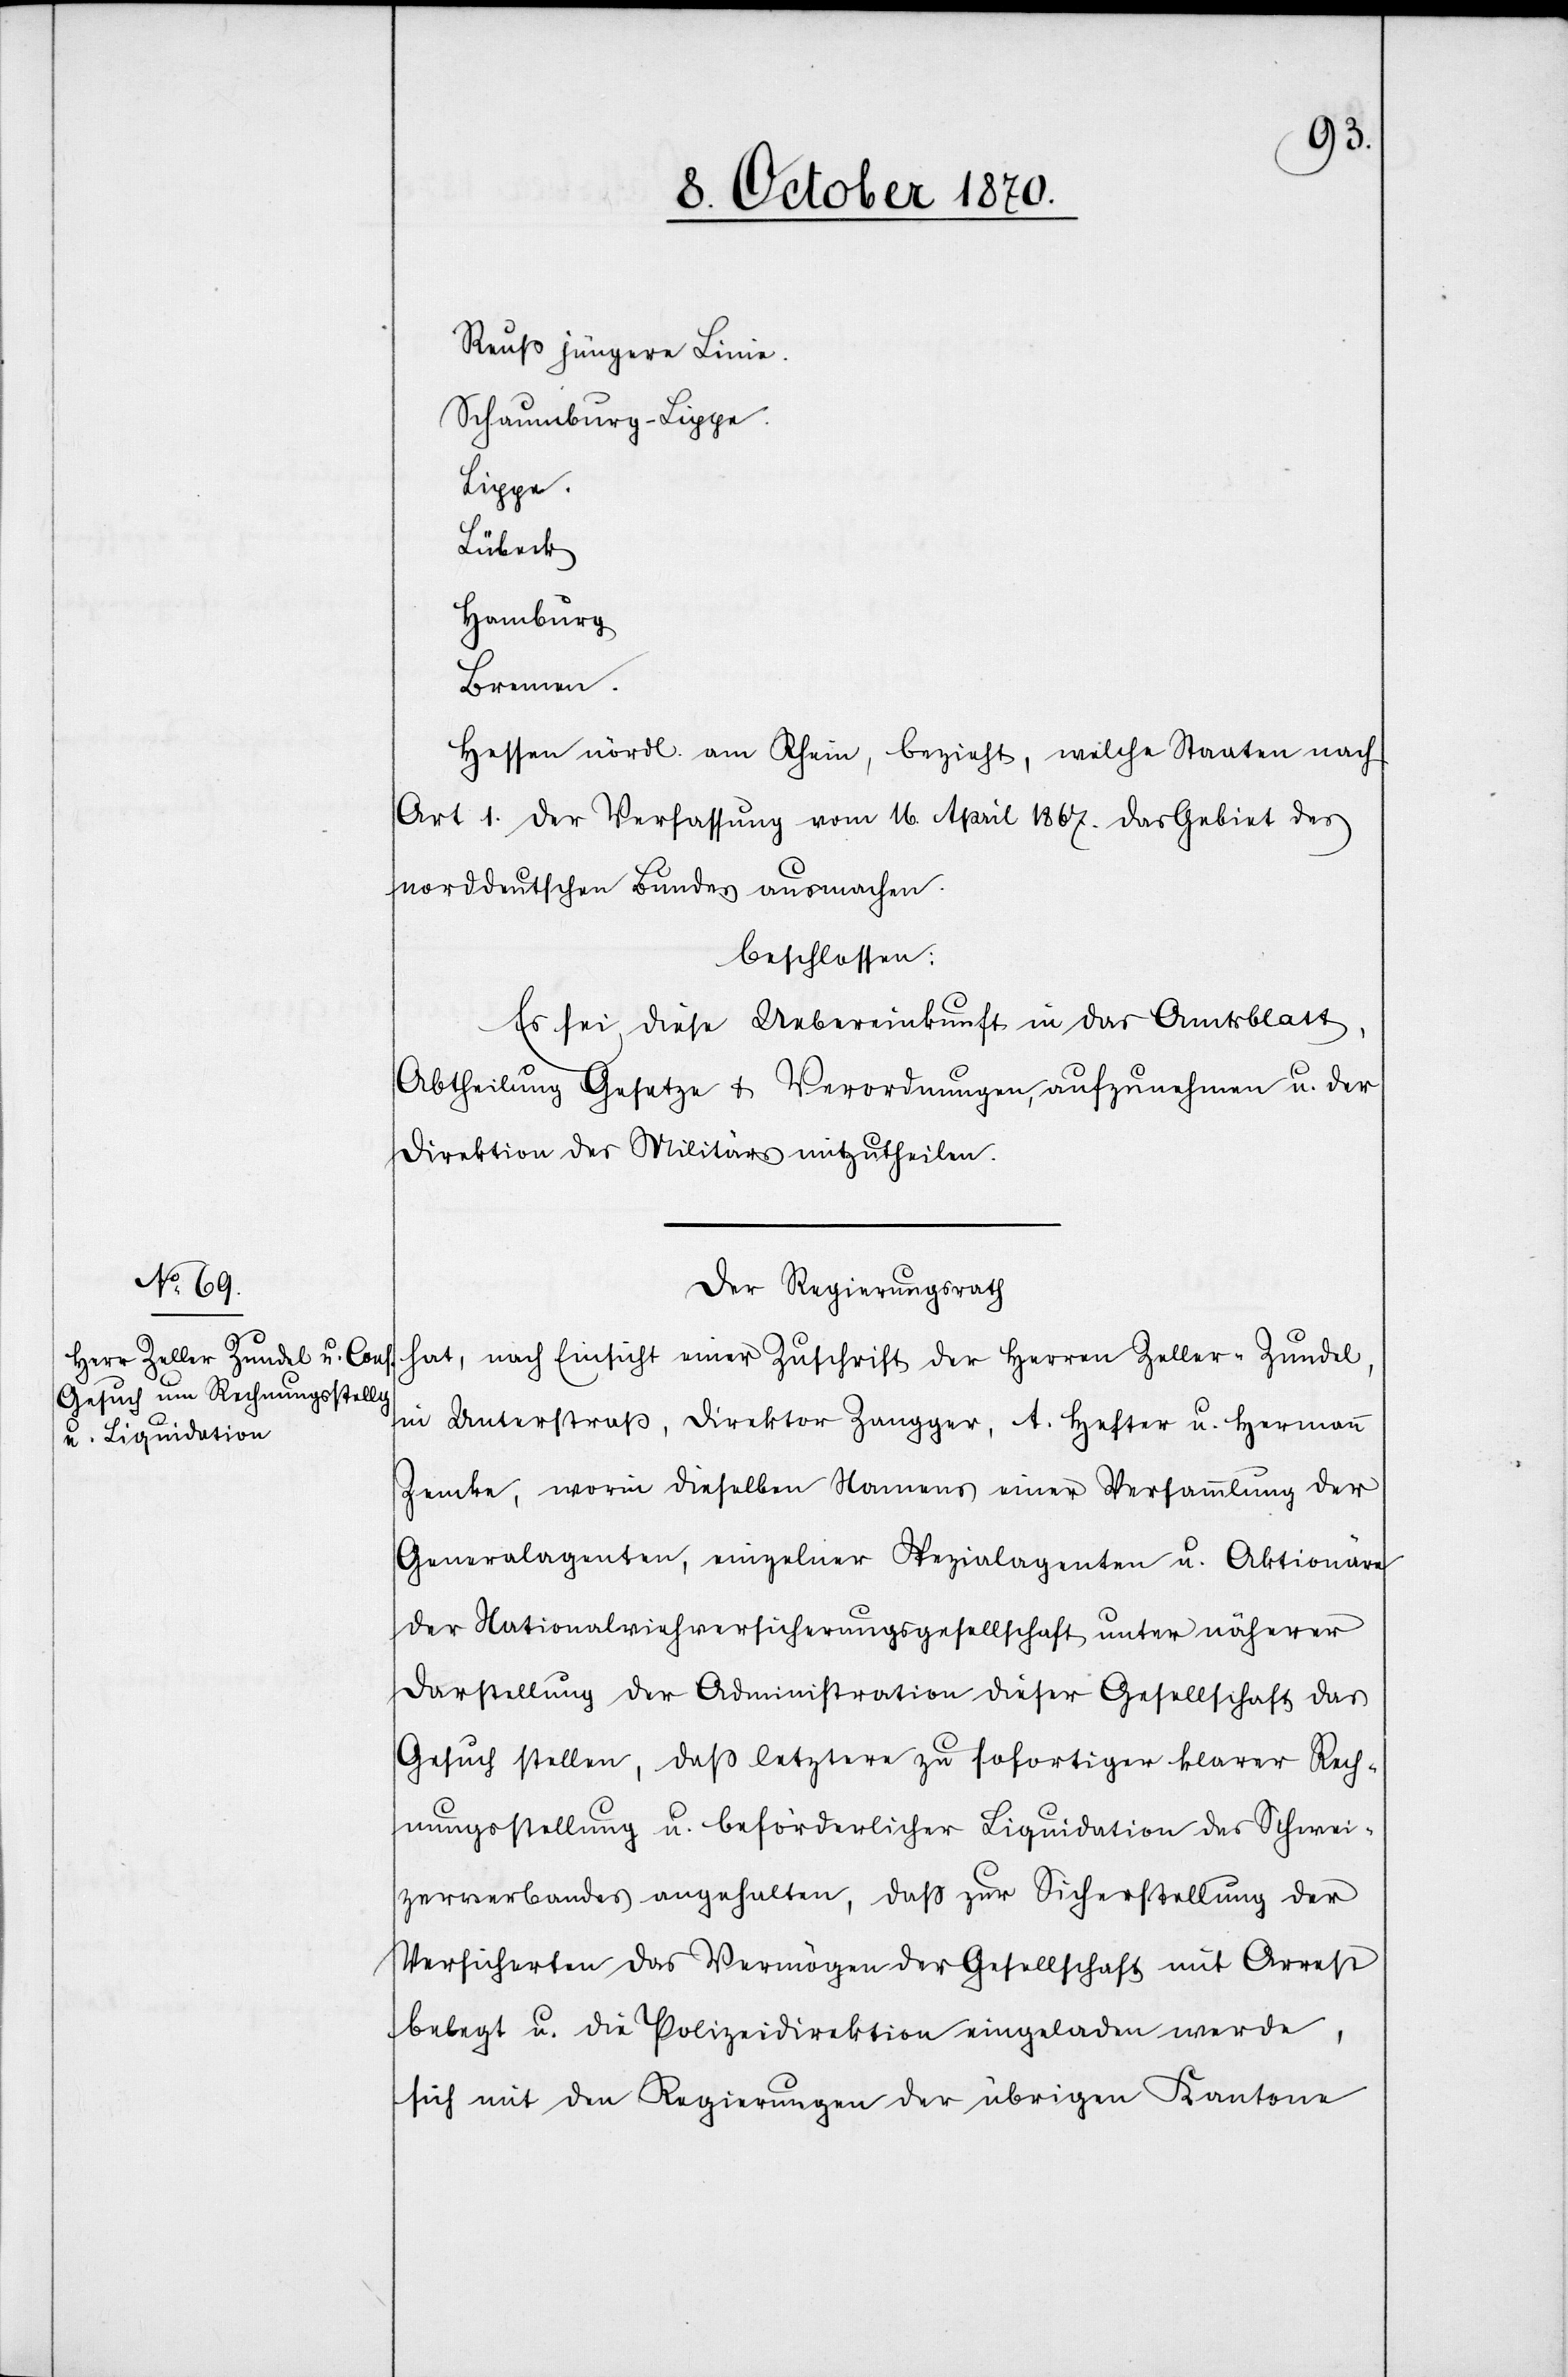
Reuß[,] jüngere Linie.
Schaumburg - Lippe.
Lippe.
Lübeck
Hamburg
Bremen.
Hessen nördl. am Rhein, bezieht, welche Staaten nach
Art 1. der Verfassung vom 16. April 1867. das Gebiet des
norddeutschen Bundes ausmachen.
beschlossen:
Es sei diese Uebereinkunft in das Amtsblatt,
Abtheilung Gesetze + Verordnungen, aufzunehmen u. der
Direktion des Militärs mitzutheilen.
Der Regierungsrath
hat, nach Einsicht einer Zuschrift der Herren Zeller-Zundel,
in Unterstraß, Direktor Zangger, A. Hefter u. Hermann
Zemke, worin dieselben Namens einer Versammlung der
Generalagenten, einzelner Spezialagenten u. Aktionäre
der Nationalviehversicherungsgesellschaft unter näherer
Darstellung der Administration dieser Gesellschaft das
Gesuch stellen, daß letztere zu sofortiger klarer Rech¬
nungsstellung u. beförderlicher Liquidation des Schwei¬
zerverbandes angehalten, daß zur Sicherstellung der
Versicherten das Vermögen der Gesellschaft mit Arrest
belegt u. die Polizeidirektion eingeladen werde,
sich mit den Regierungen der übrigen Kantone